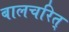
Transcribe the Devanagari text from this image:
बालचरित्‌